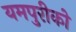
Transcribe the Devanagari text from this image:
यमपुरीको